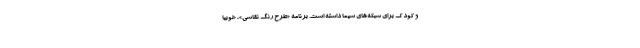
و کودک برای شبکه‌های سیما داشته است. برنامه «طرح رنگ نقاشی»، «لوبیا